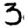
Digit: 3